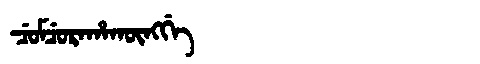
Manchu: ᠴᡠᠮᠴᡠᡵᠠᡥᠠᡴᡡᠩᡤᡝ
Romanization: CUMCURAHAKŪNGGE